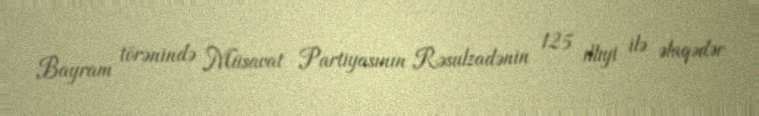
Bayram törənində Müsavat Partiyasının Rəsulzadənin 125 illiyi ilə əlaqədər